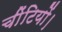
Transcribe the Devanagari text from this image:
चींटियों।